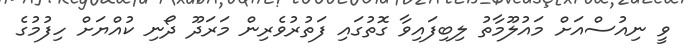
ވީ ނިއުސްއަށް މައުލޫމާތު ލިބިފައިވާ ގޮތުގައި ފަތުރުވެރިން މަރަދޫ ދޯނި ކުއްޔަށް ހިފުމުގެ